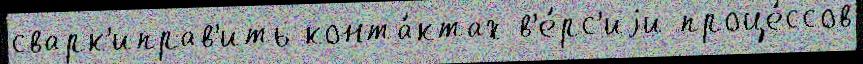
сварк'иправ'ить конта́ктах в'е́рс'иjи проце́ссов